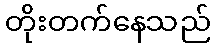
တိုးတက်နေသည်